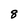
Character: 8